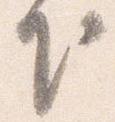
下